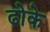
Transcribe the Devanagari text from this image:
ढोके